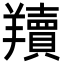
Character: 𦏢